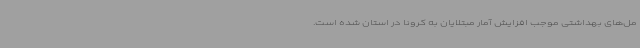
مل‌های بهداشتی موجب افزایش آمار مبتلایان به کرونا در استان شده است.